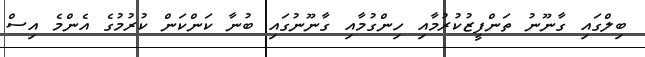
ބިލްގައި ގާނޫނު ތަންފީޒުކުރުމާއި ހިންގުމާއި ގާނޫނުގައި ބުނާ ކަންކަން ކުރުމުގެ އެންމެ އިސް